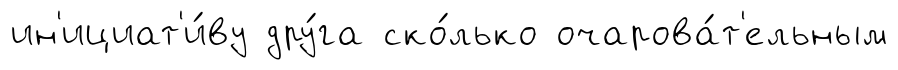
ин'ициат'и́ву дру́га ско́лько очарова́т'ельным